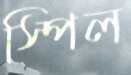
স্পিল